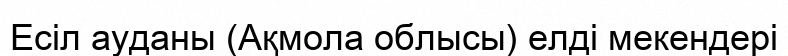
Есіл ауданы (Ақмола облысы) елді мекендері